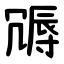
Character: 䢆